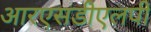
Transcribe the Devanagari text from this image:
आरएसडीएलपी